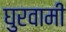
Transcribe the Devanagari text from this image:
घुरवामी